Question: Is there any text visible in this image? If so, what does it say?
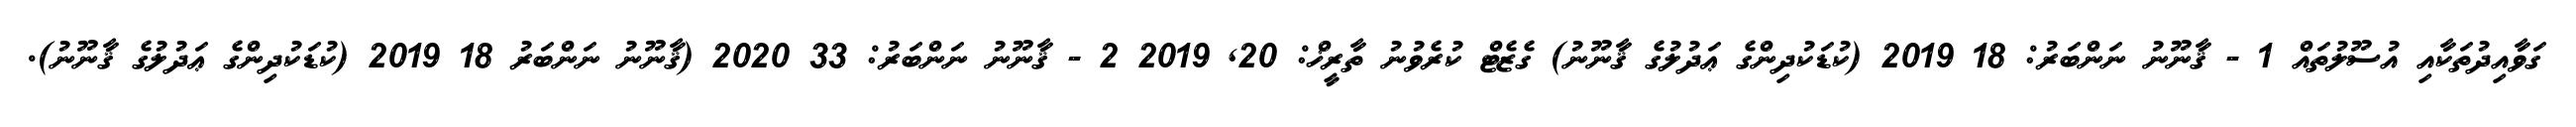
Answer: ގަވާއިދުތަކާއި އުސޫލުތައް 1 - ޤާނޫނު ނަންބަރު: 18 2019 (ކުޑަކުދިންގެ ޢަދުލުގެ ޤާނޫނު) ގެޒެޓް ކުރެވުނު ތާރީޚް: 20, 2019 2 - ޤާނޫނު ނަންބަރު: 33 2020 (ޤާނޫނު ނަންބަރު 18 2019 (ކުޑަކުދިންގެ ޢަދުލުގެ ޤާނޫނު).